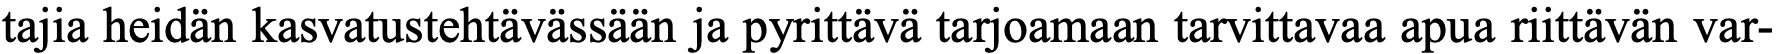
tajia heidän kasvatustehtävässään ja pyrittävä tarjoamaan tarvittavaa apua riittävän var-